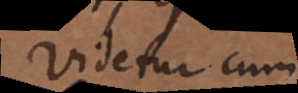
Videtur cum